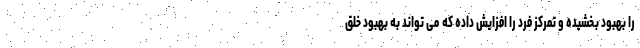
را بهبود بخشیده و تمرکز فرد را افزایش داده که می تواند به بهبود خلق